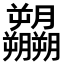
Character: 𬂚